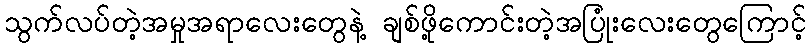
သွက်လပ်တဲ့အမှုအရာလေးတွေနဲ့ ချစ်ဖို့ကောင်းတဲ့အပြုံးလေးတွေကြောင့်